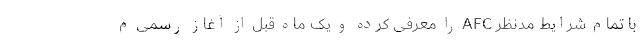
با تمام شرایط مدنظر AFC را معرفى کرده و یک ماه قبل از آغاز رسمى م